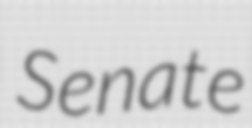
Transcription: Senate